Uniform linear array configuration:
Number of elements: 16
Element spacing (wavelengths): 0.5
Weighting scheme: cosine
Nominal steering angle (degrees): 0
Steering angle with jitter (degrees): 0.5264
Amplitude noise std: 0.05
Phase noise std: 0.05

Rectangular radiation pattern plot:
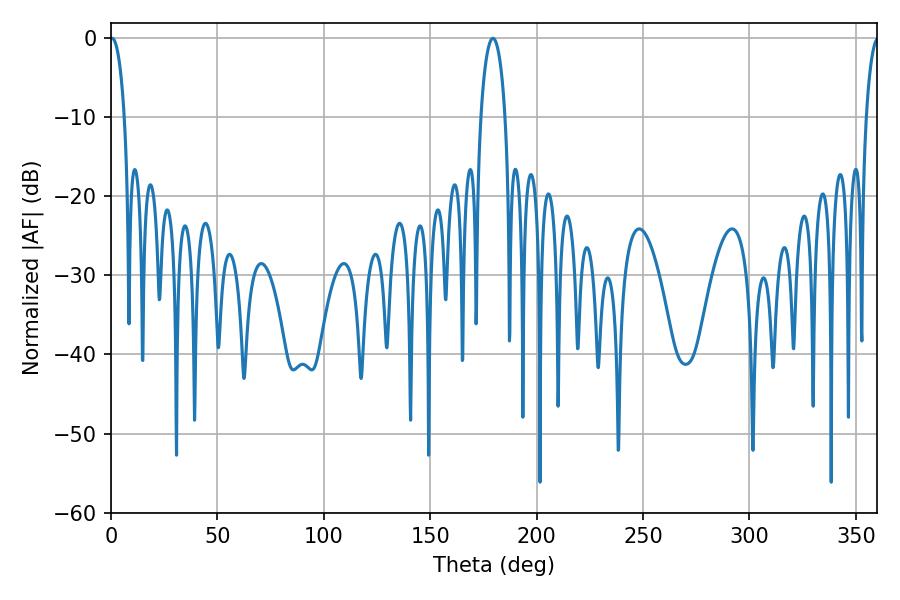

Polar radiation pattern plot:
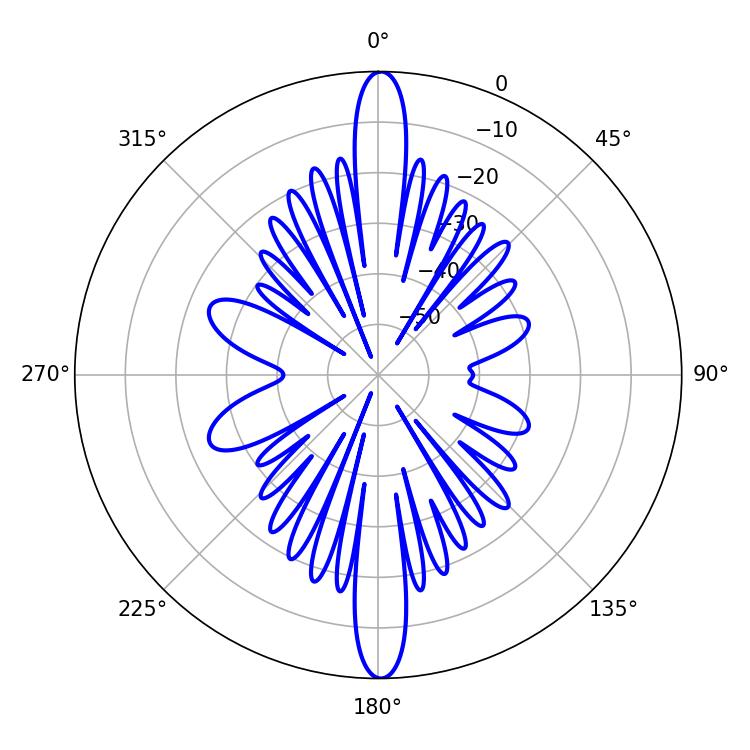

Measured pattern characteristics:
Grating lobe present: FALSE
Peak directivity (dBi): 31.992
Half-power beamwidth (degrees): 3.78
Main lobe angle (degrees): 0.54